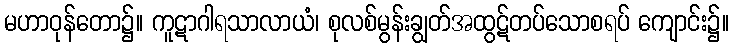
မဟာဝုန်တော၌။ ကူဋာဂါရသာလာယံ၊ စုလစ်မွန်းချွတ်အထွဋ်တပ်သောစရပ် ကျောင်း၌။